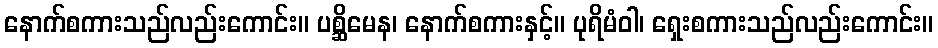
နောက်စကားသည်လည်းကောင်း။ ပစ္ဆိမေန၊ နောက်စကားနှင့်။ ပုရိမံဝါ၊ ရှေးစကားသည်လည်းကောင်း။